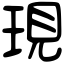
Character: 現